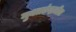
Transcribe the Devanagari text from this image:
मुक्तछंदातील